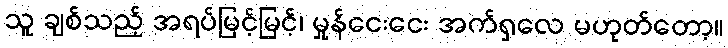
သူ ချစ်သည့် အရပ်မြင့်မြင့်၊ မှုန်ငေးငေး အက်ရှလေ မဟုတ်တော့။